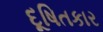
દૂષિતકાર